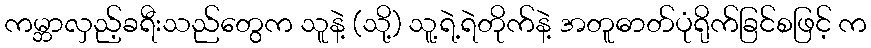
ကမ္ဘာလှည့်ခရီးသည်တွေက သူနဲ့ (သို့) သူ့ရဲ့ရဲတိုက်နဲ့ အတူဓာတ်ပုံရိုက်ခြင်စဖြင့် က